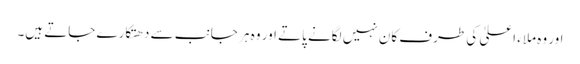
اور وہ ملاء اعلیٰ کی طرف کان نہیں لگانے پاتے اور وہ ہر جانب سے دھتکارے جاتے ہیں۔